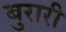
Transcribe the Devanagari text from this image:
बुरारी